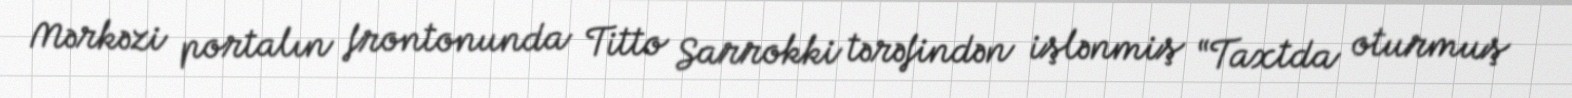
Mərkəzi portalın frontonunda Titto Sarrokki tərəfindən işlənmiş “Taxtda oturmuş